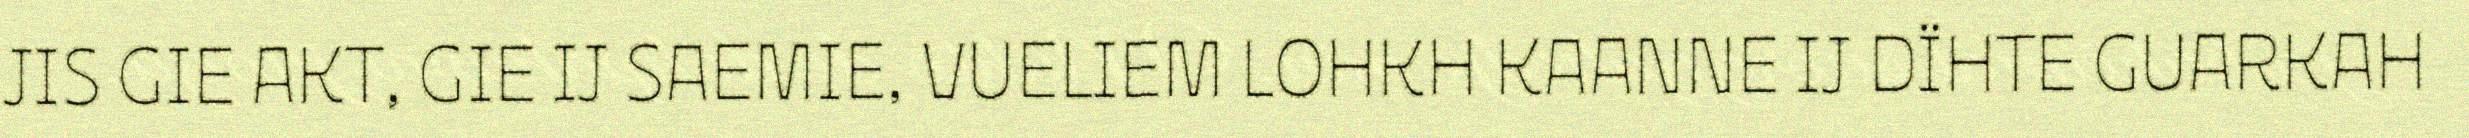
JIS GIE AKT, GIE IJ SAEMIE, VUELIEM LOHKH KAANNE IJ DÏHTE GUARKAH